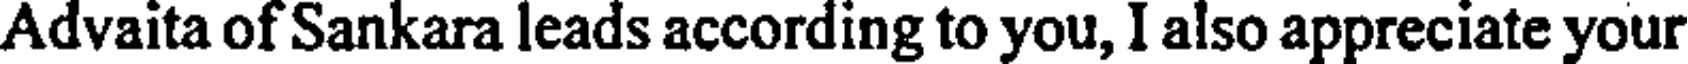
Advaita of Sankara leads according to you, I also appreciate your